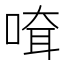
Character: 𠸊